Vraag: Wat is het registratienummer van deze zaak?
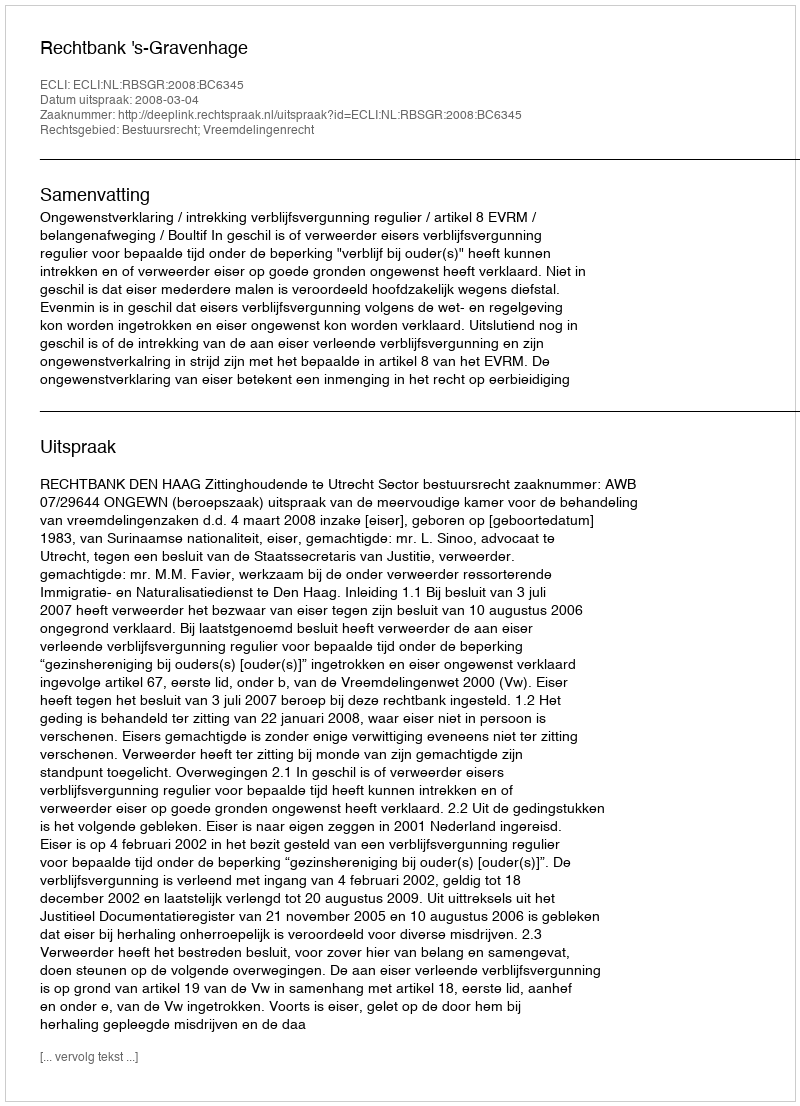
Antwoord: http://deeplink.rechtspraak.nl/uitspraak?id=ECLI:NL:RBSGR:2008:BC6345